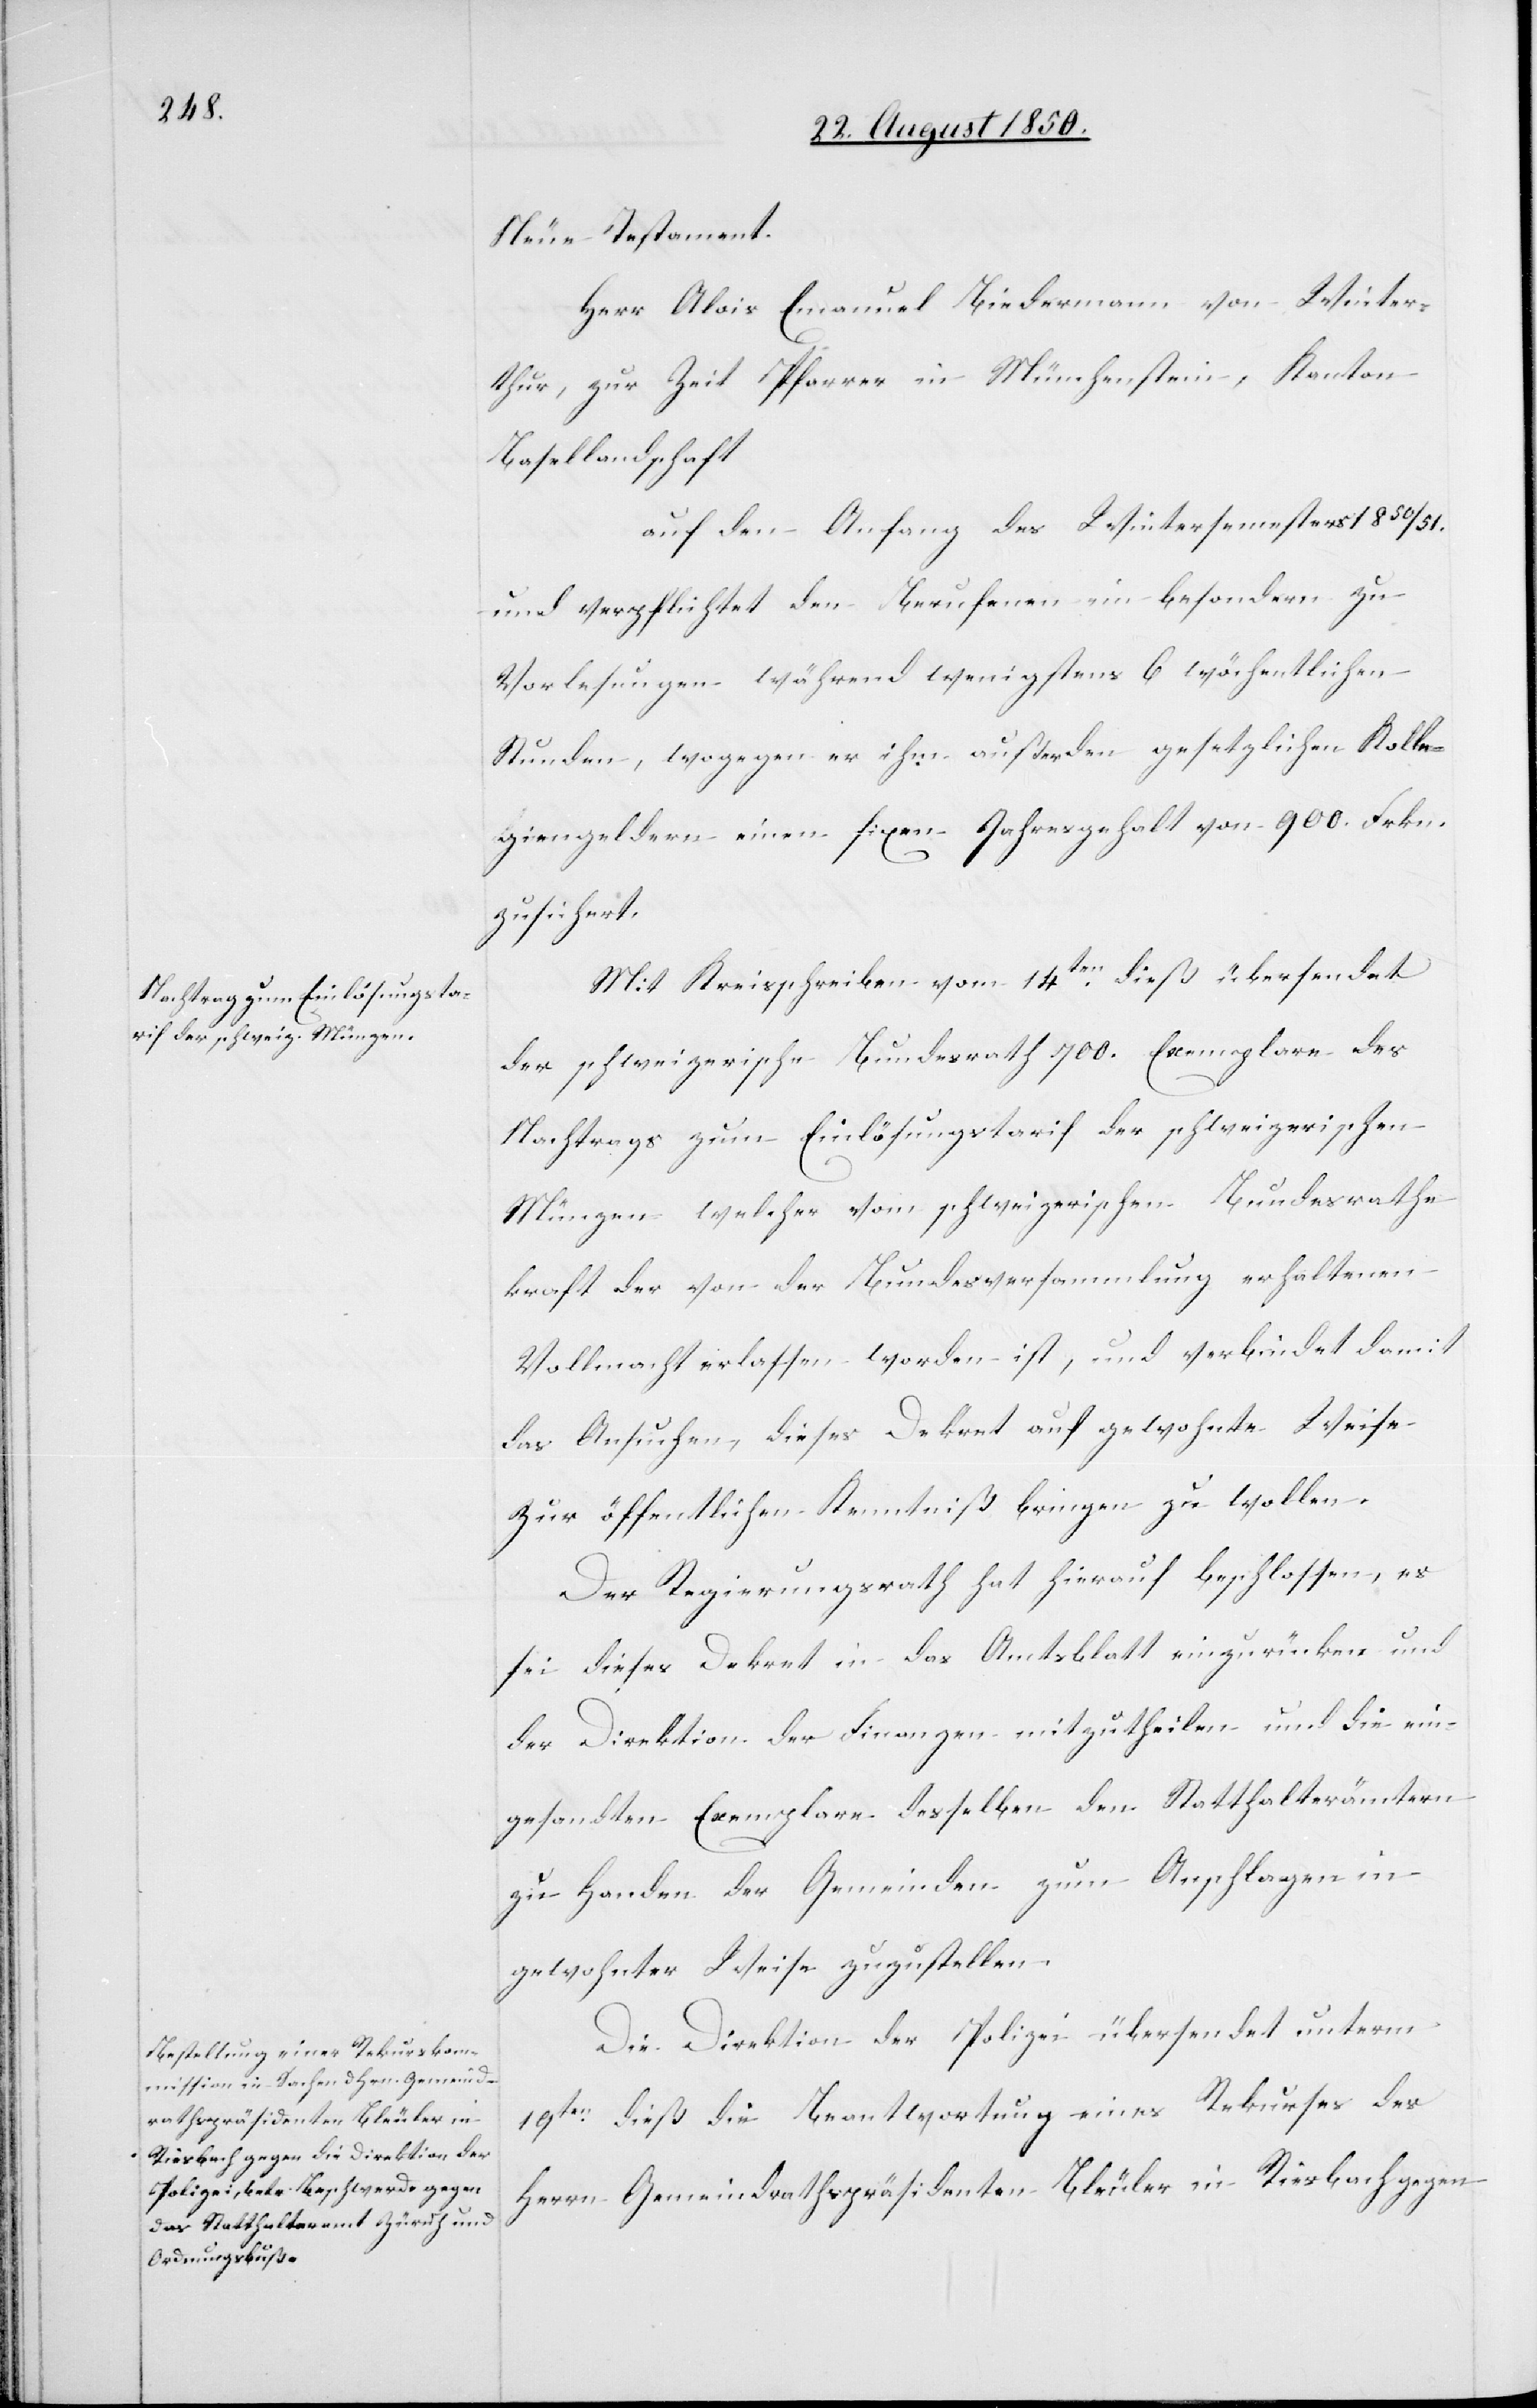
Neue Testament.
Herr Alois Emanuel Biedermann von Winter¬
thur, zur Zeit Pfarrer in Münchenstein, Kanton
Basellandschaft.
auf den Anfang des Wintersemesters 1850/51.
und verpflichtet den Berufenen im besondern zu
Vorlesungen während wenigstens 6 wöchentlichen
Stunden, wogegen er ihm außer den gesetzlichen Kolle¬
giengeldern einen fixen Jahresgehalt von 900. Frkn.
zusichert.
Mit Kreisschreiben vom 14ten dieß übersendet
der schweizerische Bundesrath 700. Exemplare des
Nachtrags zum Einlösungstarif der schweizerischen
Münzen welcher vom schweizerischen Bundesrathe
kraft der von der Bundesversammlung erhaltenen
Vollmacht erlassen worden ist, und verbindet damit
das Ansuchen, dieses Dekret auf gewohnte Weise
zur öffentlichen Kenntniß bringen zu wollen.
Der Regierungsrath hat hierauf beschlossen, es
sei dieses Dekret in das Amtsblatt einzurücken und
der Direktion der Finanzen mitzutheilen und die ein¬
gesandten Exemplare desselben den Statthalterämtern
zu Handen der Gemeinden zum Anschlagen in
gewohnter Weise zuzustellen.
Die Direktion der Polizei übersendet unterm
19ten dieß die Beantwortung eines Rekurses des
Herrn Gemeindrathspräsidenten Bleuler in Riesbach gegen